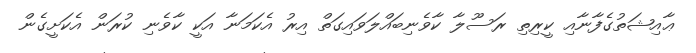
ޢާއިޝަތުގެފާނާއި ކީރިތި ރަސޫލާ ކާވެނިބައްލަވައިގަތް އިރު އެކަމަނާ އަކީ ކާވެނި ކުރަން އެކަށީގެން